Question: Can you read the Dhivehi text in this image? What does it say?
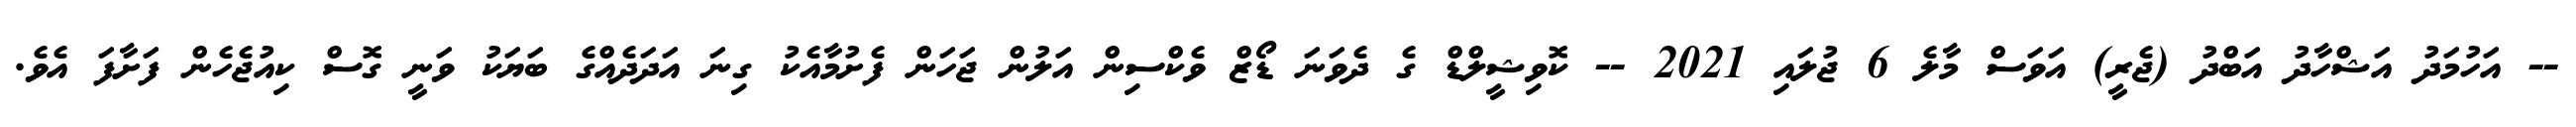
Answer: -- އަހުމަދު އަޝްހާދު އަބްދު (ޖެރީ) އަވަސް މާލެ 6 ޖުލައި 2021 -- ކޮވިޝީލްޑް ގެ ދެވަނަ ޑޯޒް ވެކްސިން އަލުން ޖަހަން ފެށުމާއެކު ގިނަ އަދަދެއްގެ ބަޔަކު ވަނީ ގޮސް ކިއުޖެހެން ފަށާފަ އެވެ.